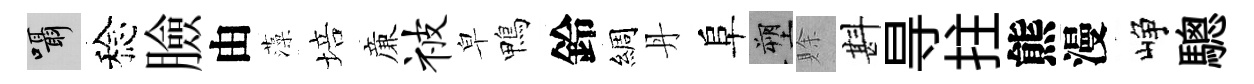
囁稔臉由藻培亷被皁鴨鈴綢丹阜塑賖斟㝵拄熊漫峥驄